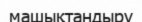
машықтандыру